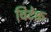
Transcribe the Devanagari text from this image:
विटेक